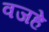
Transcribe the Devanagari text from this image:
वजहे